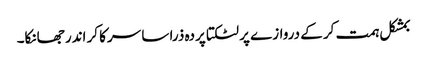
بمشکل ہمت کر کے دروازے پر لٹکتا پردہ ذرا سا سرکا کر اندر جھانکا۔